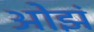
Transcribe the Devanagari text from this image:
ओझं